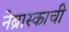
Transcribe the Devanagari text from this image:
नेब्रास्काची